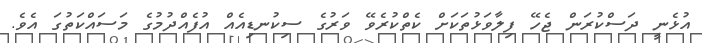
އުޅެނީ ދަސްކުރަން ޖެހޭ ފިލާވަޅުތަކަށް ކެތްކުރެވޭ ވަރުގެ ސިކުނޑިއެއް އުފެއްދުމުގެ މަސައްކަތުގަ އެވެ.